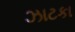
ઝાટકા